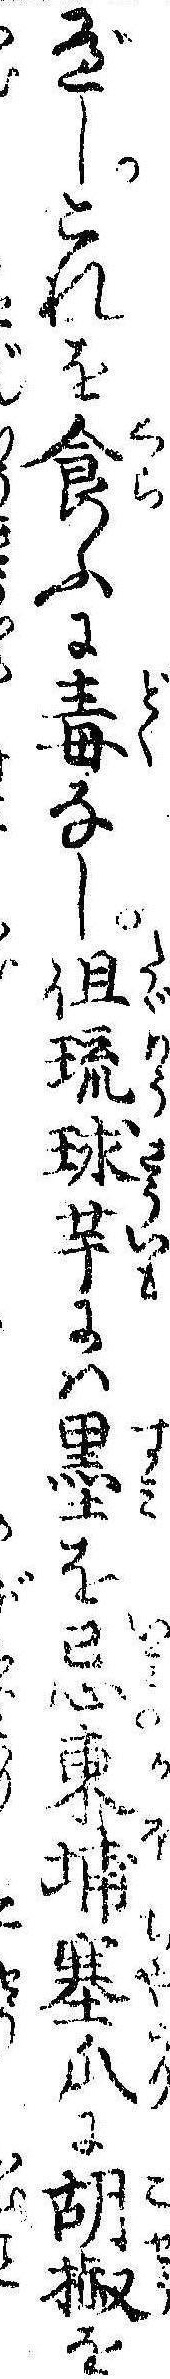
べしこれを食ふに毒なし但琉球芋には墨を忌東埔塞瓜に胡椒を